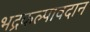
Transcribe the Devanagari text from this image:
भद्रकल्पावदान